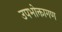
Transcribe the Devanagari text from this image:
उपभोक्तागण